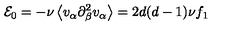
{ \cal E } _ { 0 } = - \nu \left\langle v _ { \alpha } \partial _ { \beta } ^ { 2 } v _ { \alpha } \right\rangle = 2 d ( d - 1 ) \nu f _ { 1 }